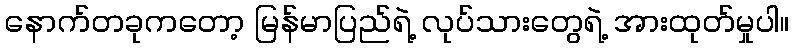
နောက်တခုကတော့ မြန်မာပြည်ရဲ့ လုပ်သားတွေရဲ့ အားထုတ်မှုပါ။